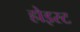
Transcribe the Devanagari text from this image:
होइस्ट